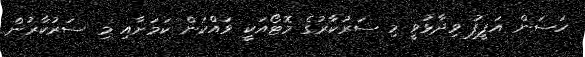
ހަސަން އަފީފު ވިދާޅުވީ މި ސަރުކާރުގެ މޮޓޯއަކީ ވައްކަން ކަމަށާއި މި ސަރުކާރުން